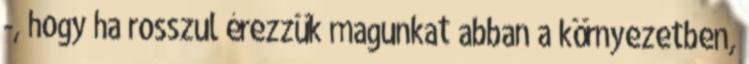
-, hogy ha rosszul érezzük magunkat abban a környezetben,